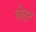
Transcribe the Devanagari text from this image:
बोलुन